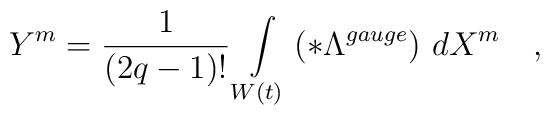
Y^m=\frac 1{\left( 2q-1\right) !}\int\limits_{W\left( t\right)}\left( *\Lambda ^{gauge}\right) \,dX^m\quad ,